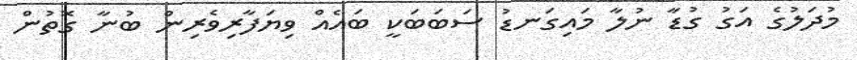
މުދަލުގެ އަގު ގުޑާ ނުލާާ މައިގަނޑު ސަބަބަކީ ބައެއް ވިޔަފާރިވެރިން ބުނާ ގޮޮތުން